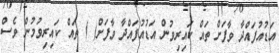
އަޑުއުފައްދާ ވާފަށް ތައް ކައިރިވުން އަޑުއުފައްދާ ވާފަށް( ) ތައް ކައިރިވުމުން ވެސް